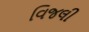
વિજલી